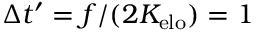
\Delta t ^ { \prime } = f / ( 2 K _ { \mathrm { e l o } } ) = 1